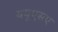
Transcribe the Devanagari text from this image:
ययूएसए